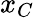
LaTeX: x_{C}